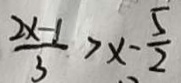
\frac { 2 x - 1 } { 3 } > x - \frac { 5 } { 2 }